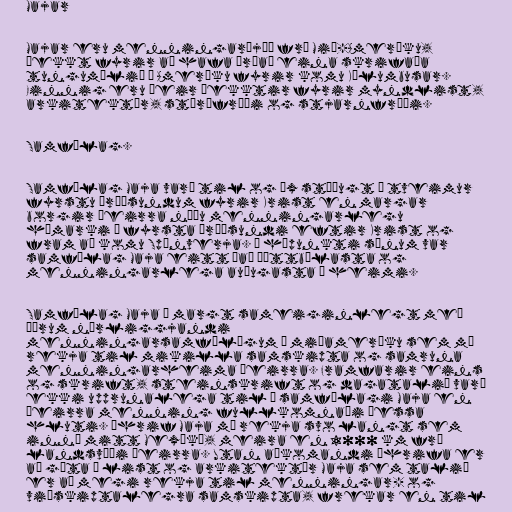
Majar

Majar eru menningarþjóð frá Mið-Ameríku,
þekkt fyrir að hafa þróað eina skrifaða
tungumálið í Ameríku fyrir komu Kólumbusar.
Einnig eru þeir þekktir fyrir myndlist,
arkitektúr, stærðfræði og stjarnfræði.

Samfélag.

Samfélag Maja varð til og óx stöðugt á tveimur
fyrstu árþúsundum fyrir Krist en margar
borgir þeirra náðu menningarlegu
hámarki á fyrsta árþúsundi eftir Krist og
fram að komu Spánverja. Á hápunkti sínum var
samfélag Maja eitt það þéttbýlasta og
menningarlega auðugasta í heimi.

Samfélag Maja á margt sameiginlegt með
öðrum nærliggjandi
menningarsamfélögum í miðameríku sem má
rekja til mikilla samskipta og samruna
menningarheima þeirra. Framfarir eins
og skrift, steinskrift og dagatalið varð
ekki upprunalega til í samfélagi Maja en
þeirra menning fullkomnaði þessa
hluti. Áhrif Maja má rekja svo langt sem
inní mitt Mexíkó, meira en 1000 km frá
landsvæði þeirra. Utan aðkomandi áhrifa er
að gæta í list og arkitektúr Maja sem talið
er að megi rekja til menningar- og
viðskiptalegra samskipta, frekar en til